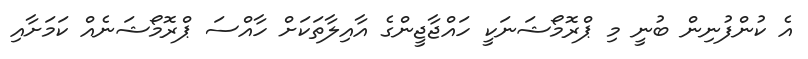
އެ ކުންފުނިން ބުނީ މި ޕްރޮމޯޝަނަކީ ހައްޖާޖީންގެ އާއިލާތަކަށް ހާއްސަ ޕްރޮމޯޝަނެއް ކަމަށާއި